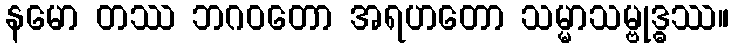
နမော တဿ ဘဂဝတော အရဟတော သမ္မာသမ္ဗုဒ္ဓဿ။